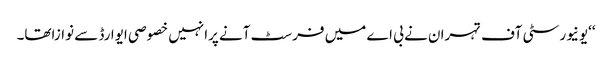
‘‘یونیورسٹی آف تہران نے بی اے میں فرسٹ آنے پرانہیں خصوصی ایوارڈ سے نوازاتھا۔